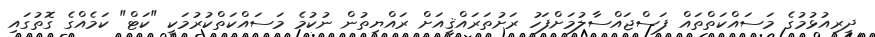
ދިރިއުޅުމުގެ މަސައްކަތްތައް ފަސްޖައްސާލުމަށްފަހު ރަށުތަރައްޤީއަށް ރައްޔިތުން ނުކުމެ މަސައްކަތްކުރުމަކީ "ކަޓް" ކަމެއްގެ ގޮތުގައި